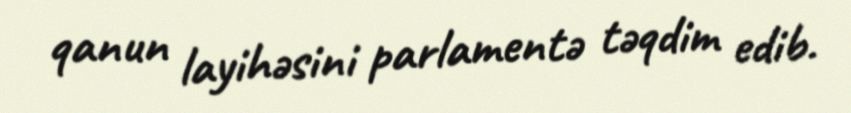
qanun layihəsini parlamentə təqdim edib.